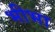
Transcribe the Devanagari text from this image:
भीभा